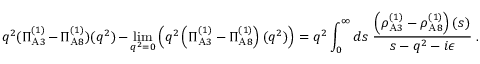
q ^ { 2 } ( \Pi _ { \mathrm { A } 3 } ^ { ( 1 ) } - \Pi _ { \mathrm { A } 8 } ^ { ( 1 ) } ) ( q ^ { 2 } ) - \operatorname * { l i m } _ { q ^ { 2 } = 0 } \left( q ^ { 2 } \left( \Pi _ { \mathrm { A } 3 } ^ { ( 1 ) } - \Pi _ { \mathrm { A } 8 } ^ { ( 1 ) } \right) ( q ^ { 2 } ) \right) = q ^ { 2 } \int _ { 0 } ^ { \infty } d s ~ { \frac { \left( \rho _ { \mathrm { A } 3 } ^ { ( 1 ) } - \rho _ { \mathrm { A } 8 } ^ { ( 1 ) } \right) ( s ) } { s - q ^ { 2 } - i \epsilon } } \ .